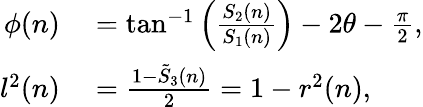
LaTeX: \begin{array}{rl}{\phi(n)}&{{}=\tan^{-1}\left(\frac{S_{2}(n)}{S_{1}(n)}\right)-2\theta-\frac{\pi}{2},}\\ {l^{2}(n)}&{{}=\frac{1-\tilde{S}_{3}(n)}{2}=1-r^{2}(n),}\end{array}